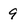
Character: 9